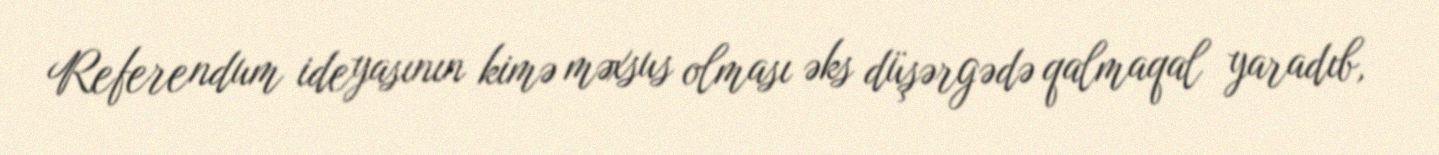
Referendum ideyasının kimə məxsus olması əks düşərgədə qalmaqal yaradıb,